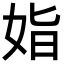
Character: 𡜖